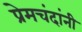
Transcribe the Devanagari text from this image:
प्रेमचंदांनी